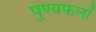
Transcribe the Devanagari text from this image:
पुण्यफलों